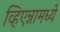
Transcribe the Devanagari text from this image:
व्हिएन्नामध्ये